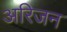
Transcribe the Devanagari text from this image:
अरिजन